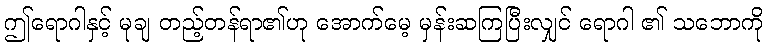
ဤရောဂါနှင့် မုချ တည့်တန်ရာ၏ဟု အောက်မေ့ မှန်းဆကြပြီးလျှင် ရောဂါ ၏ သဘောကို